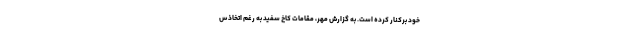
خود برکنار کرده است. به گزارش مهر، مقامات کاخ سفید به رغم اتخاذ س